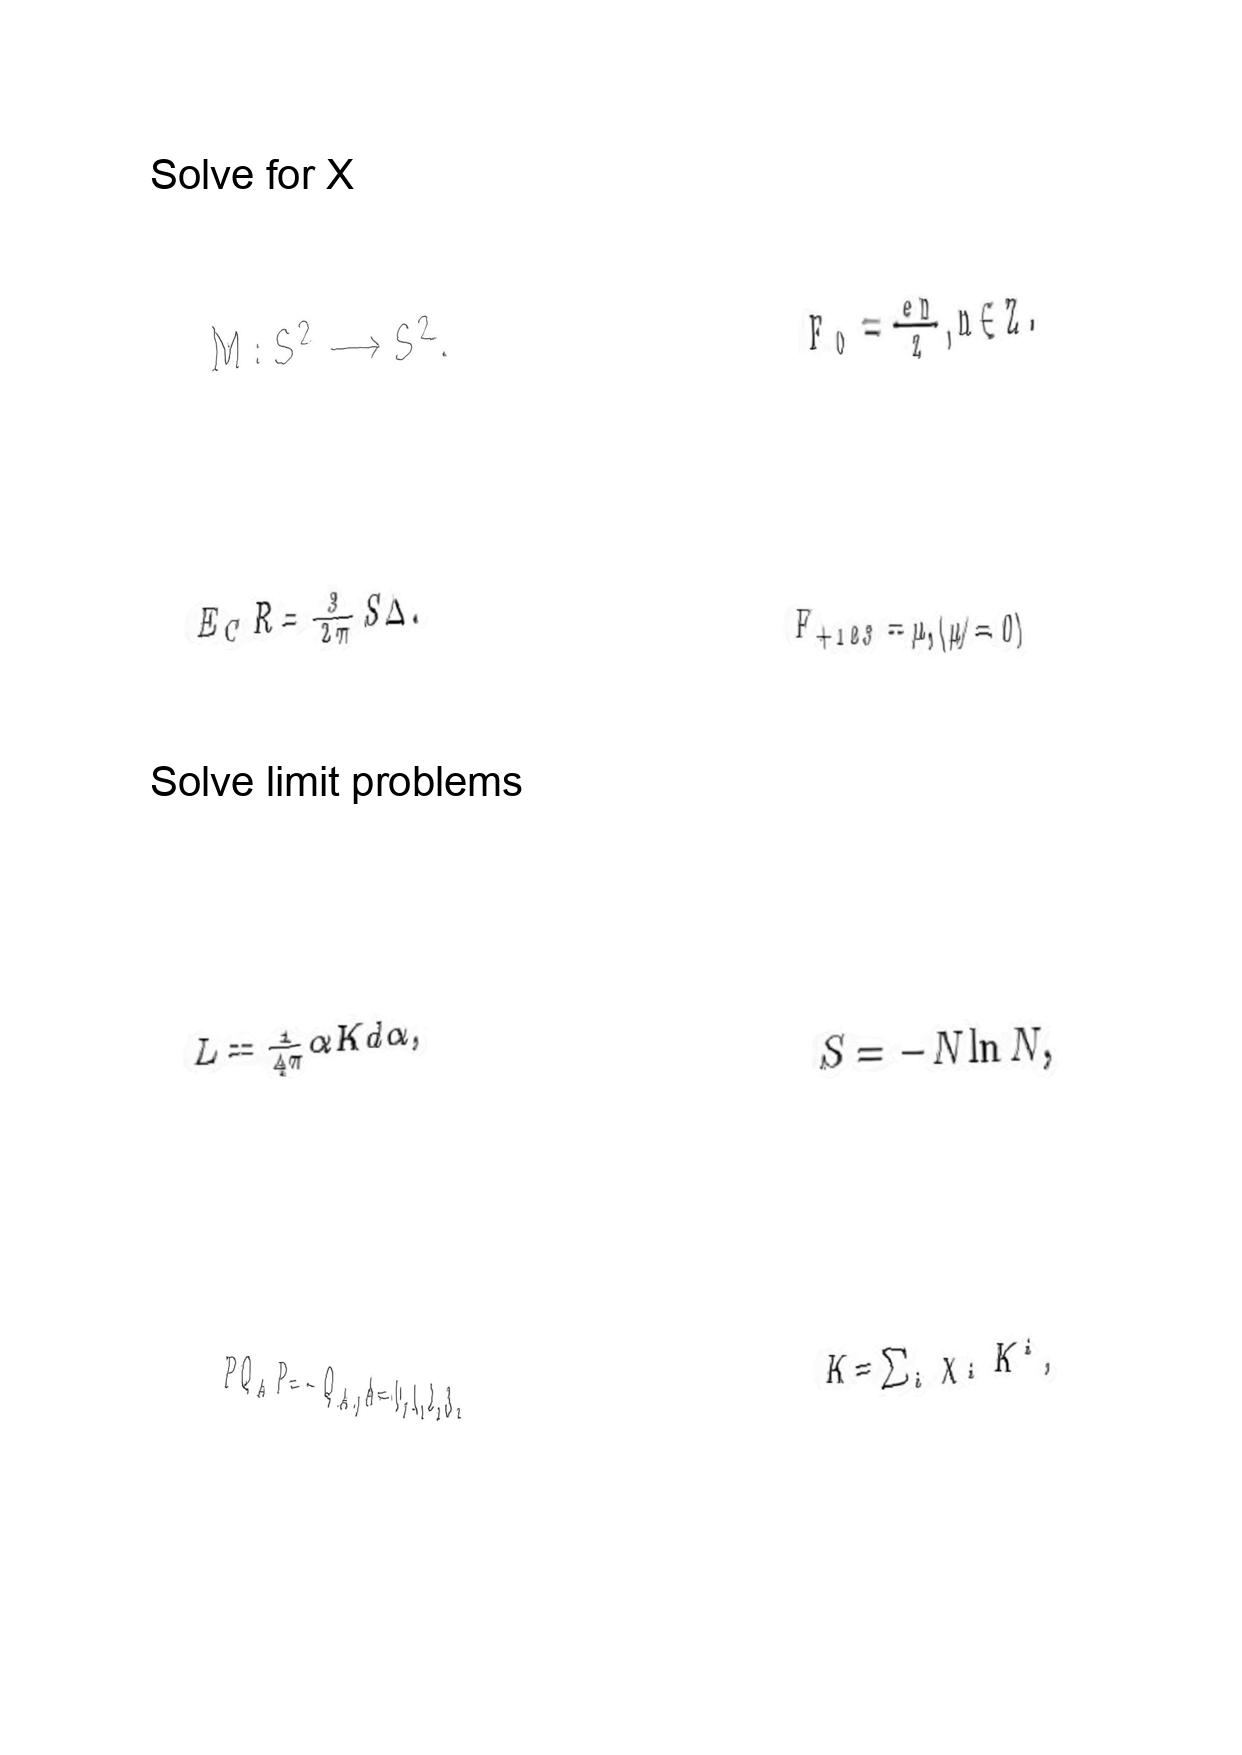
LaTeX transcription:
M : S ^ { 2 } \longrightarrow S ^ { 2 } .
E _ { C } R = \frac { 3 } { 2 \pi } S \Delta .
L = \frac { 1 } { 4 \pi } \alpha K d \alpha ,
P Q _ { A } P = - Q _ { A } , A = 0 , 1 , 2 , 3 .
F _ { 0 } = \frac { e n } { Z } , n \in Z .
F _ { + 1 2 3 } = \mu , \lparen \mu \neq 0 \rparen
S = - N \ln N ,
K = \sum _ { i } \chi _ { i } K ^ { i } ,